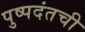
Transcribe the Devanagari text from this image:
पुष्पदंतची